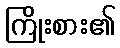
ကြိုးစား၏